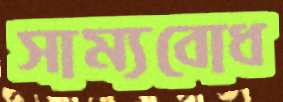
সাম্যবোধ